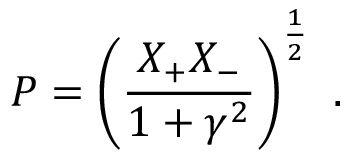
P = \left( \frac { X _ { + } X _ { - } } { 1 + \gamma ^ { 2 } } \right) ^ { \frac { 1 } { 2 } } \ .